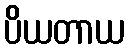
ပိယတာယ